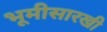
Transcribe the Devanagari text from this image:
भूमीसारखी